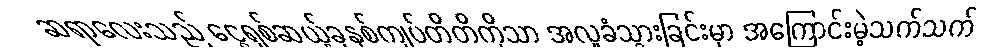
ဆရာလေးသည် ငွေရှစ်ဆယ့်ခုနစ်ကျပ်တိတိကိုသာ အလှုခံသွားခြင်းမှာ အကြောင်းမဲ့သက်သက်